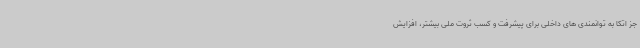
جز اتکا به توانمندی های داخلی برای پیشرفت و کسب ثروت ملی بیشتر، افزایش